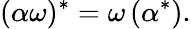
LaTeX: (\alpha\omega)^{*}=\omega\left(\alpha^{*}\right).